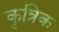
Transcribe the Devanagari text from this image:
कृत्रिक